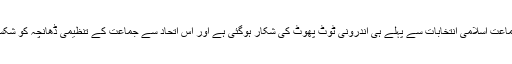
ایم ایم اے کی وجہ سے جماعت اسلامی انتخابات سے پہلے ہی اندرونی ٹوٹ پھوٹ کی شکار ہوگئی ہے اور اس اتحاد سے جماعت کے تنظیمی ڈھانچہ کو شکست و ریخت کا سامنا ہے۔